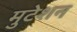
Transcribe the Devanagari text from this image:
मुटेशन